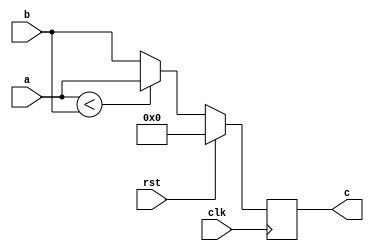
module muxaltb
(
  input clk,
  input rst,
  input [5-1:0] a,
  input [5-1:0] b,
  output reg [5-1:0] c
);
  always @(posedge clk) begin
    if(rst) begin
      c <= 0;
    end else begin
      if(a < b) begin
        c <= a;
      end else begin
        c <= b;
      end
    end
  end
endmodule